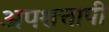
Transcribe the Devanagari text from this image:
अपश्चत्तापी